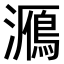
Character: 𤂮